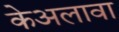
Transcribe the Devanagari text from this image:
केअलावा